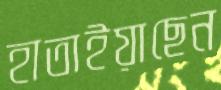
হাতাইয়াছেন